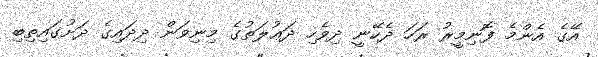
އޭގެ އެންމެ ފޮނިމީރު ރަހަ ދެކޭނީ ދިވެހި ދަޢުލަތުގެ މިނިވަން ދިދައިގެ ދަށުގައިތިބި